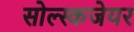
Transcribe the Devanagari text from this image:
सोल्स्कजेयर